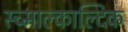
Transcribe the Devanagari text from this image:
स्च्माल्काल्दिक